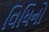
વિધિનો